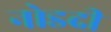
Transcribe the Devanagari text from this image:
नोडदी